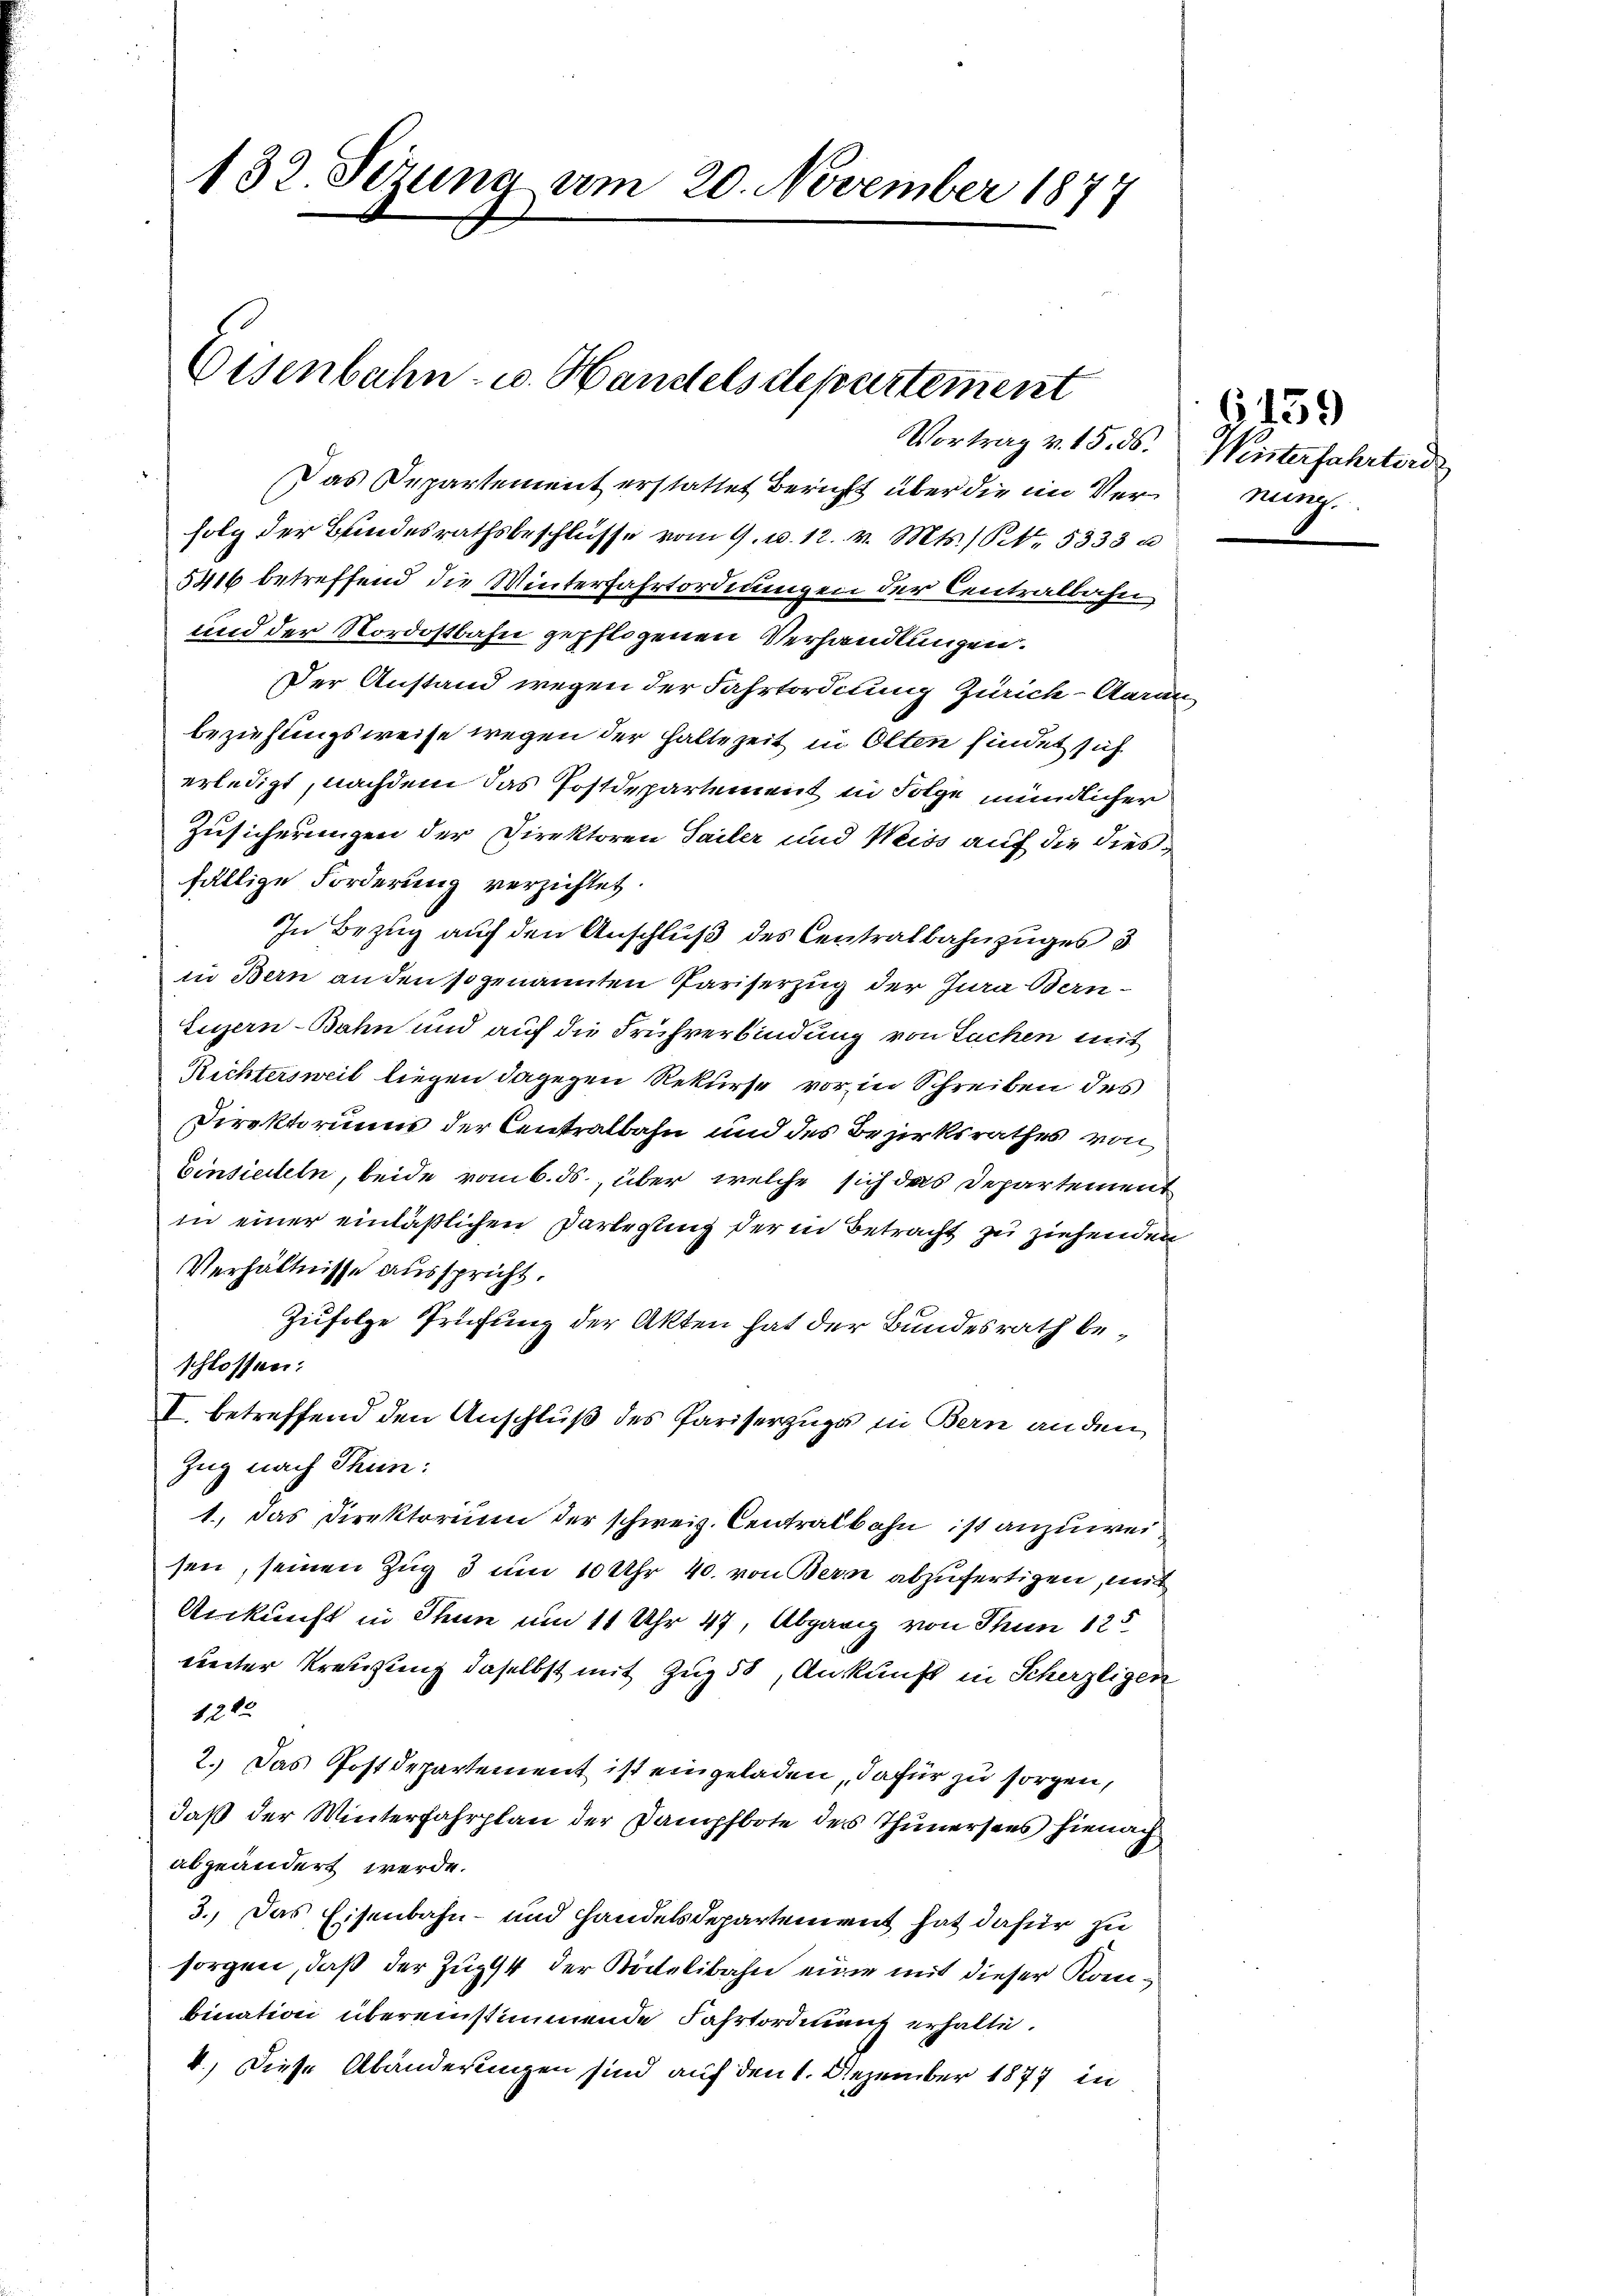
132. Sezung am 20. November 1874

Eisenbahn- u. Handels departement
Vortrag v. 15. ds.

Das Departement erstattet Bericht über die im Vernung.
folg der Bundesrathsbeschlüsse vom 9. u. 12. v. Mts. S. 5333 u
5416 betreffend die Winterfahrtordnungen der Centralbahn
und der Nordostbahn gepflogenen Verhandlungen.
Der Anstand wegen der Fahrtordnung Zürich-Aarau
beziehungsweise wegen der haltezeit in Olten findet sich
erledigt, nachdem das Postdepartement in Folge mündlicher
Zusicherungen der Direktoren Sailer und Weiss auf die dies
fällige Forderung verzichtet.
In Bezug auf den Anschluß des Centralbahnzuges 3
in Bern an den sogenannten Pariserzug der Jura Bern¬
Legern-Bahn und auf die Frühverbindung von Tuchen mit
Richtersweil liegen dagegen Rekurse vor in Schreiben des
Direktoriums der Centralbahn und des Bezirksrathes von
Einsierteln, beide vom 6. ds., über welche sich das Departement
in einer einläßlichen Darlegung der in Betracht zu ziehenden
Verhältnisse ausspricht.
Zufolge Prüfung der Akten hat der Bundesrath beschlossen:
I. betreffend den Anschluß des Pariserzugs in Bern anden
Zug nach Thun:
1.) Das Direktorium der schweiz. Centralbahn ist anzuweisen, seinen Zug 3 um 10 Uhr 40. von Bern abzufertigen, mit
Ankunft in Thun um 11 Uhr 47, Abgang von Thun 125
weiter Kreisung daselbst mit Zug 50, Ankunft in Scherzligen
1200
2. Das Postdepartement ist eingeladen, dafür zu sorgen,
daß der Winterfahrplan der Dampfbote des Thunersees hienach
abgeändert werde.
3. Das Eisenbahn- und Handelsdepartement hat dafür zu
sorgen, daß der Zug 4 der Katelibahn eine mit dieser Konbination übereinstimmende Fahrtordnung erhalte.
4.) Diese Abänderungen sind auf den 1. Dezember 1877 in

G. 159
Weisterfahrterd